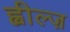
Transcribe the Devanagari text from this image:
ह्वील्ज़